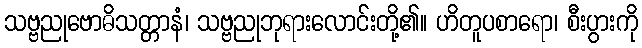
သဗ္ဗညုဗောဓိသတ္တာနံ၊ သဗ္ဗညုဘုရားလောင်းတို့၏။ ဟိတူပစာရော၊ စီးပွားကို